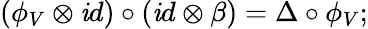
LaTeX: (\phi_{V}\otimes\mathit{i}d)\circ(\mathit{i}d\otimes\beta)=\Delta\circ\phi_{V};